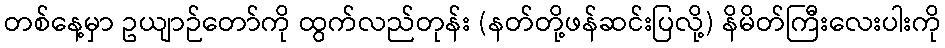
တစ်နေ့မှာ ဥယျာဉ်တော်ကို ထွက်လည်တုန်း (နတ်တို့ဖန်ဆင်းပြလို့) နိမိတ်ကြီးလေးပါးကို